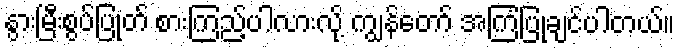
နွားမြီးစွပ်ပြုတ် စားကြည့်ပါလားလို့ ကျွန်တော် အကြံပြုချင်ပါတယ်။